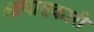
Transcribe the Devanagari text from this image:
आघातकारी